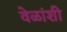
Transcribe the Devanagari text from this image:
वेळांशी